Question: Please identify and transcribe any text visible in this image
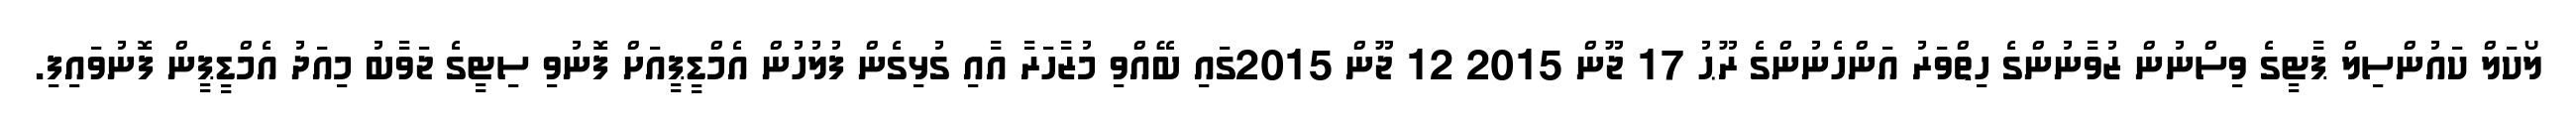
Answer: ލޯކަލް ކައުންސިލް ޕާޓީގެ ވިސްނުން ޒުވާނުންގެ ހިތްވަރު އަންހެނުންގެ ރޫޙު 17 ޖޫން 2015 12 ޖޫން 2015ގައި ބޭއްވި މުޒާހަރާ އާއި ގުޅިގެން ފުލުހުން އެމްޑީޕީއަށް ފޮނުވި ސިޓީގެ ޖަވާބު މިއަދު އެމްޑީޕީން ފޮނުވައިފި.